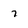
Character: 7